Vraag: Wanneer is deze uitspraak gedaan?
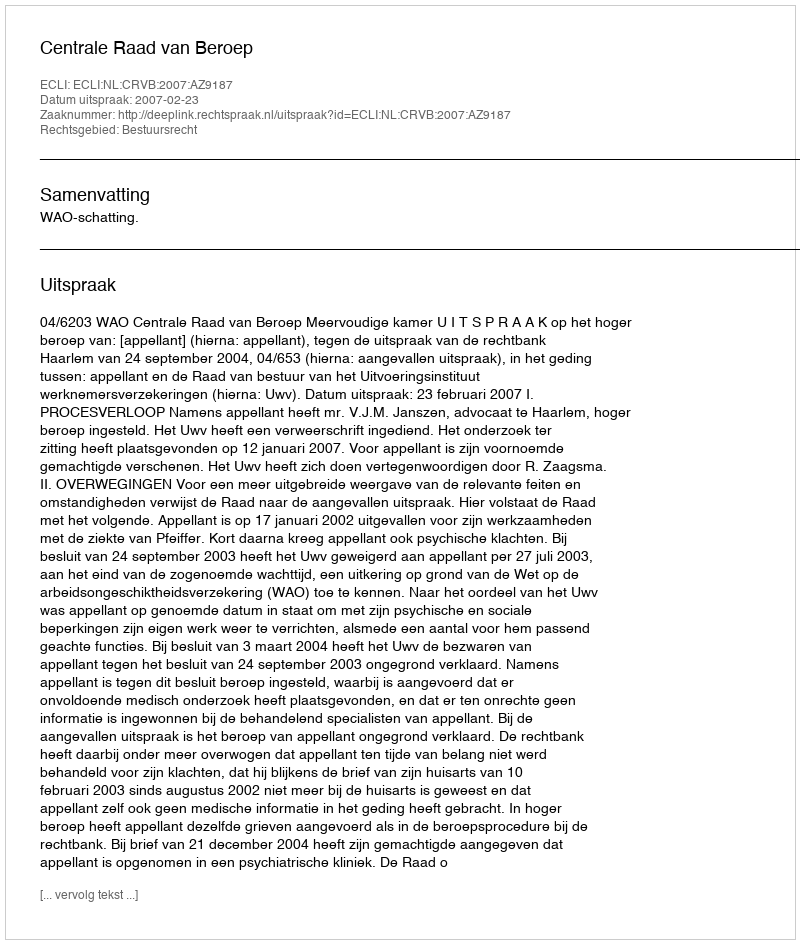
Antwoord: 2007-02-23